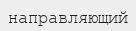
направляющий